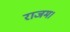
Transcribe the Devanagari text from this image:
राजम।